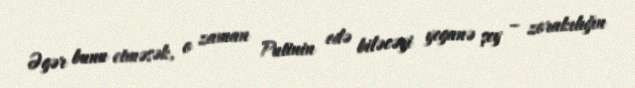
Əgər bunu etməsək, o zaman Putinin edə biləcəyi yeganə şey – zorakılığın